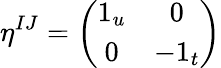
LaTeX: \eta^{IJ}=\left(\begin{array}{cc}{{1_{u}}}&{{0}}\\ {{0}}&{{-1_{t}}}\end{array}\right)